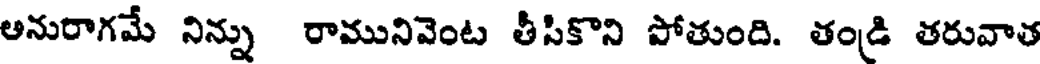
అనురాగమే నిన్ను రామునివెంట తీసికొని పోతుంది. తండ్రి తరువాత